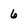
Character: 6